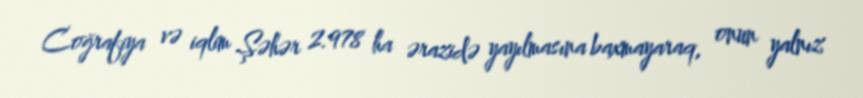
Coğrafiya və iqlim Şəhər 2.978 ha ərazidə yayılmasına baxmayaraq, onun yalnız